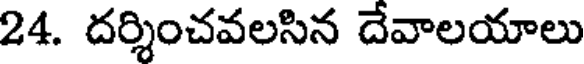
24. దర్శించవలసిన దేవాలయాలు